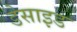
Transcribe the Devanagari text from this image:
डेसाइड